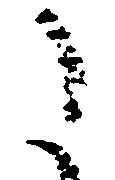
た